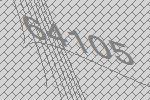
64105